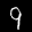
Label: 9